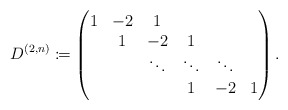
\begin{align*}D^{(2,n)}\coloneqq\begin{pmatrix}1 & -2 & 1 & & & \\& 1 & -2 & 1 & & \\& & \ddots & \ddots & \ddots & \\& & & 1 & -2 & 1 \\\end{pmatrix}.\end{align*}